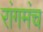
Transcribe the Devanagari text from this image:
रांगमंच